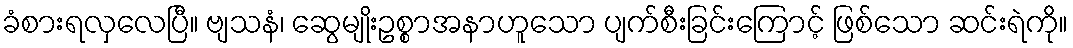
ခံစားရလှလေပြီ။ ဗျသနံ၊ ဆွေမျိုးဥစ္စာအနာဟူသော ပျက်စီးခြင်းကြောင့် ဖြစ်သော ဆင်းရဲကို။